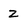
Character: 2